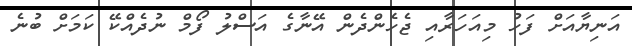
އަނިޔާއަށް ފަހު މިއަހަރާއި ޖެހެންދެން އޭނާގެ އަސްލު ފޯމް ނުދެއްކޭ ކަމަށް ބުނެ